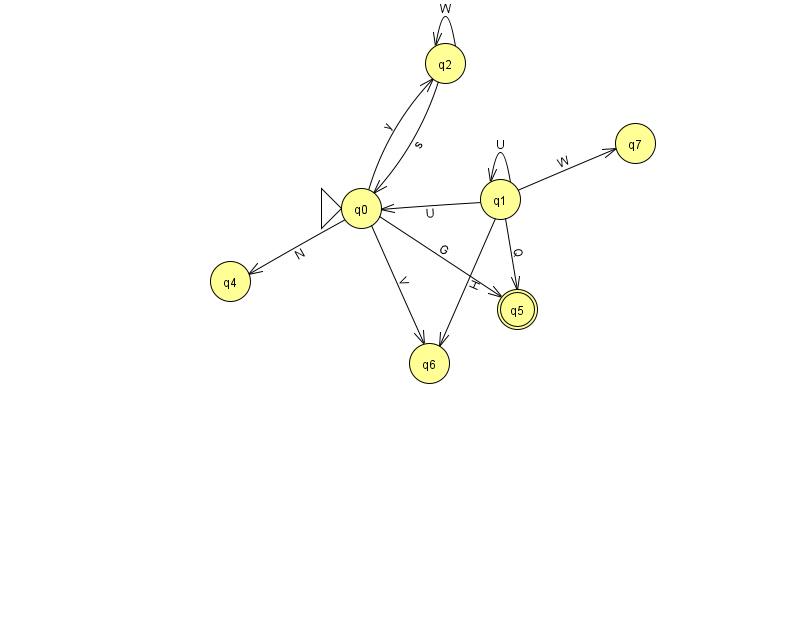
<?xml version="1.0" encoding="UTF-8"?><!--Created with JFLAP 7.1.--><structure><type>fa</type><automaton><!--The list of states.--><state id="0" name="q0"><x>361.0</x><y>195.0</y><initial/></state><state id="1" name="q1"><x>500.0</x><y>186.0</y></state><state id="2" name="q2"><x>445.0</x><y>50.0</y></state><state id="4" name="q4"><x>230.0</x><y>268.0</y></state><state id="5" name="q5"><x>517.0</x><y>296.0</y><final/></state><state id="6" name="q6"><x>429.0</x><y>350.0</y></state><state id="7" name="q7"><x>635.0</x><y>130.0</y></state><!--The list of transitions.--><transition><from>0</from><to>5</to><read>G</read></transition><transition><from>0</from><to>2</to><read>y</read></transition><transition><from>1</from><to>1</to><read>U</read></transition><transition><from>0</from><to>6</to><read>V</read></transition><transition><from>1</from><to>6</to><read>H</read></transition><transition><from>2</from><to>2</to><read>W</read></transition><transition><from>1</from><to>5</to><read>Q</read></transition><transition><from>2</from><to>0</to><read>s</read></transition><transition><from>1</from><to>0</to><read>U</read></transition><transition><from>0</from><to>4</to><read>N</read></transition><transition><from>1</from><to>7</to><read>W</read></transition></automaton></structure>